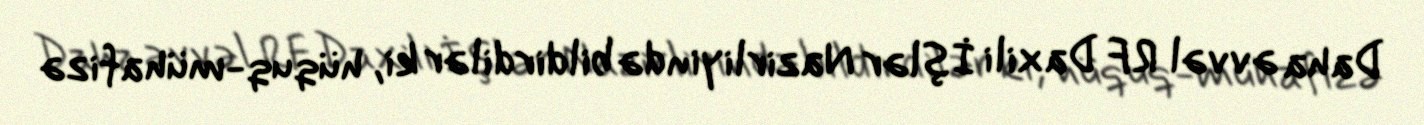
Daha əvvəl RF Daxili İşlər Nazirliyində bildirdilər ki, hüquq-mühafizə